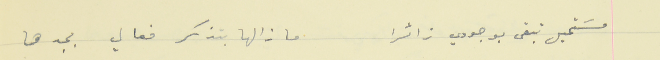
مسَتحيل تبقى بوجودي زائرا                               ما زالها بتذكر فعالي بجدها